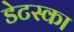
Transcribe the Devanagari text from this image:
डेटस्का